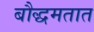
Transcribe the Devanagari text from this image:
बौद्धमतात